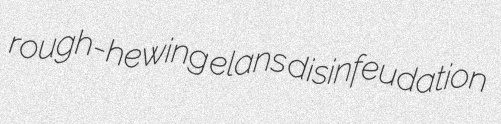
rough-hewing elans disinfeudation